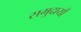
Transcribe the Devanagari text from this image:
समुदायौं